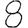
Digit: 8